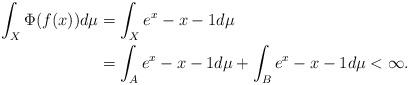
LaTeX: \begin{align*}\int_X\Phi(f(x))d\mu&=\int_Xe^x-x-1d\mu\\&=\int_Ae^x-x-1d\mu+\int_Be^x-x-1d\mu<\infty.\end{align*}